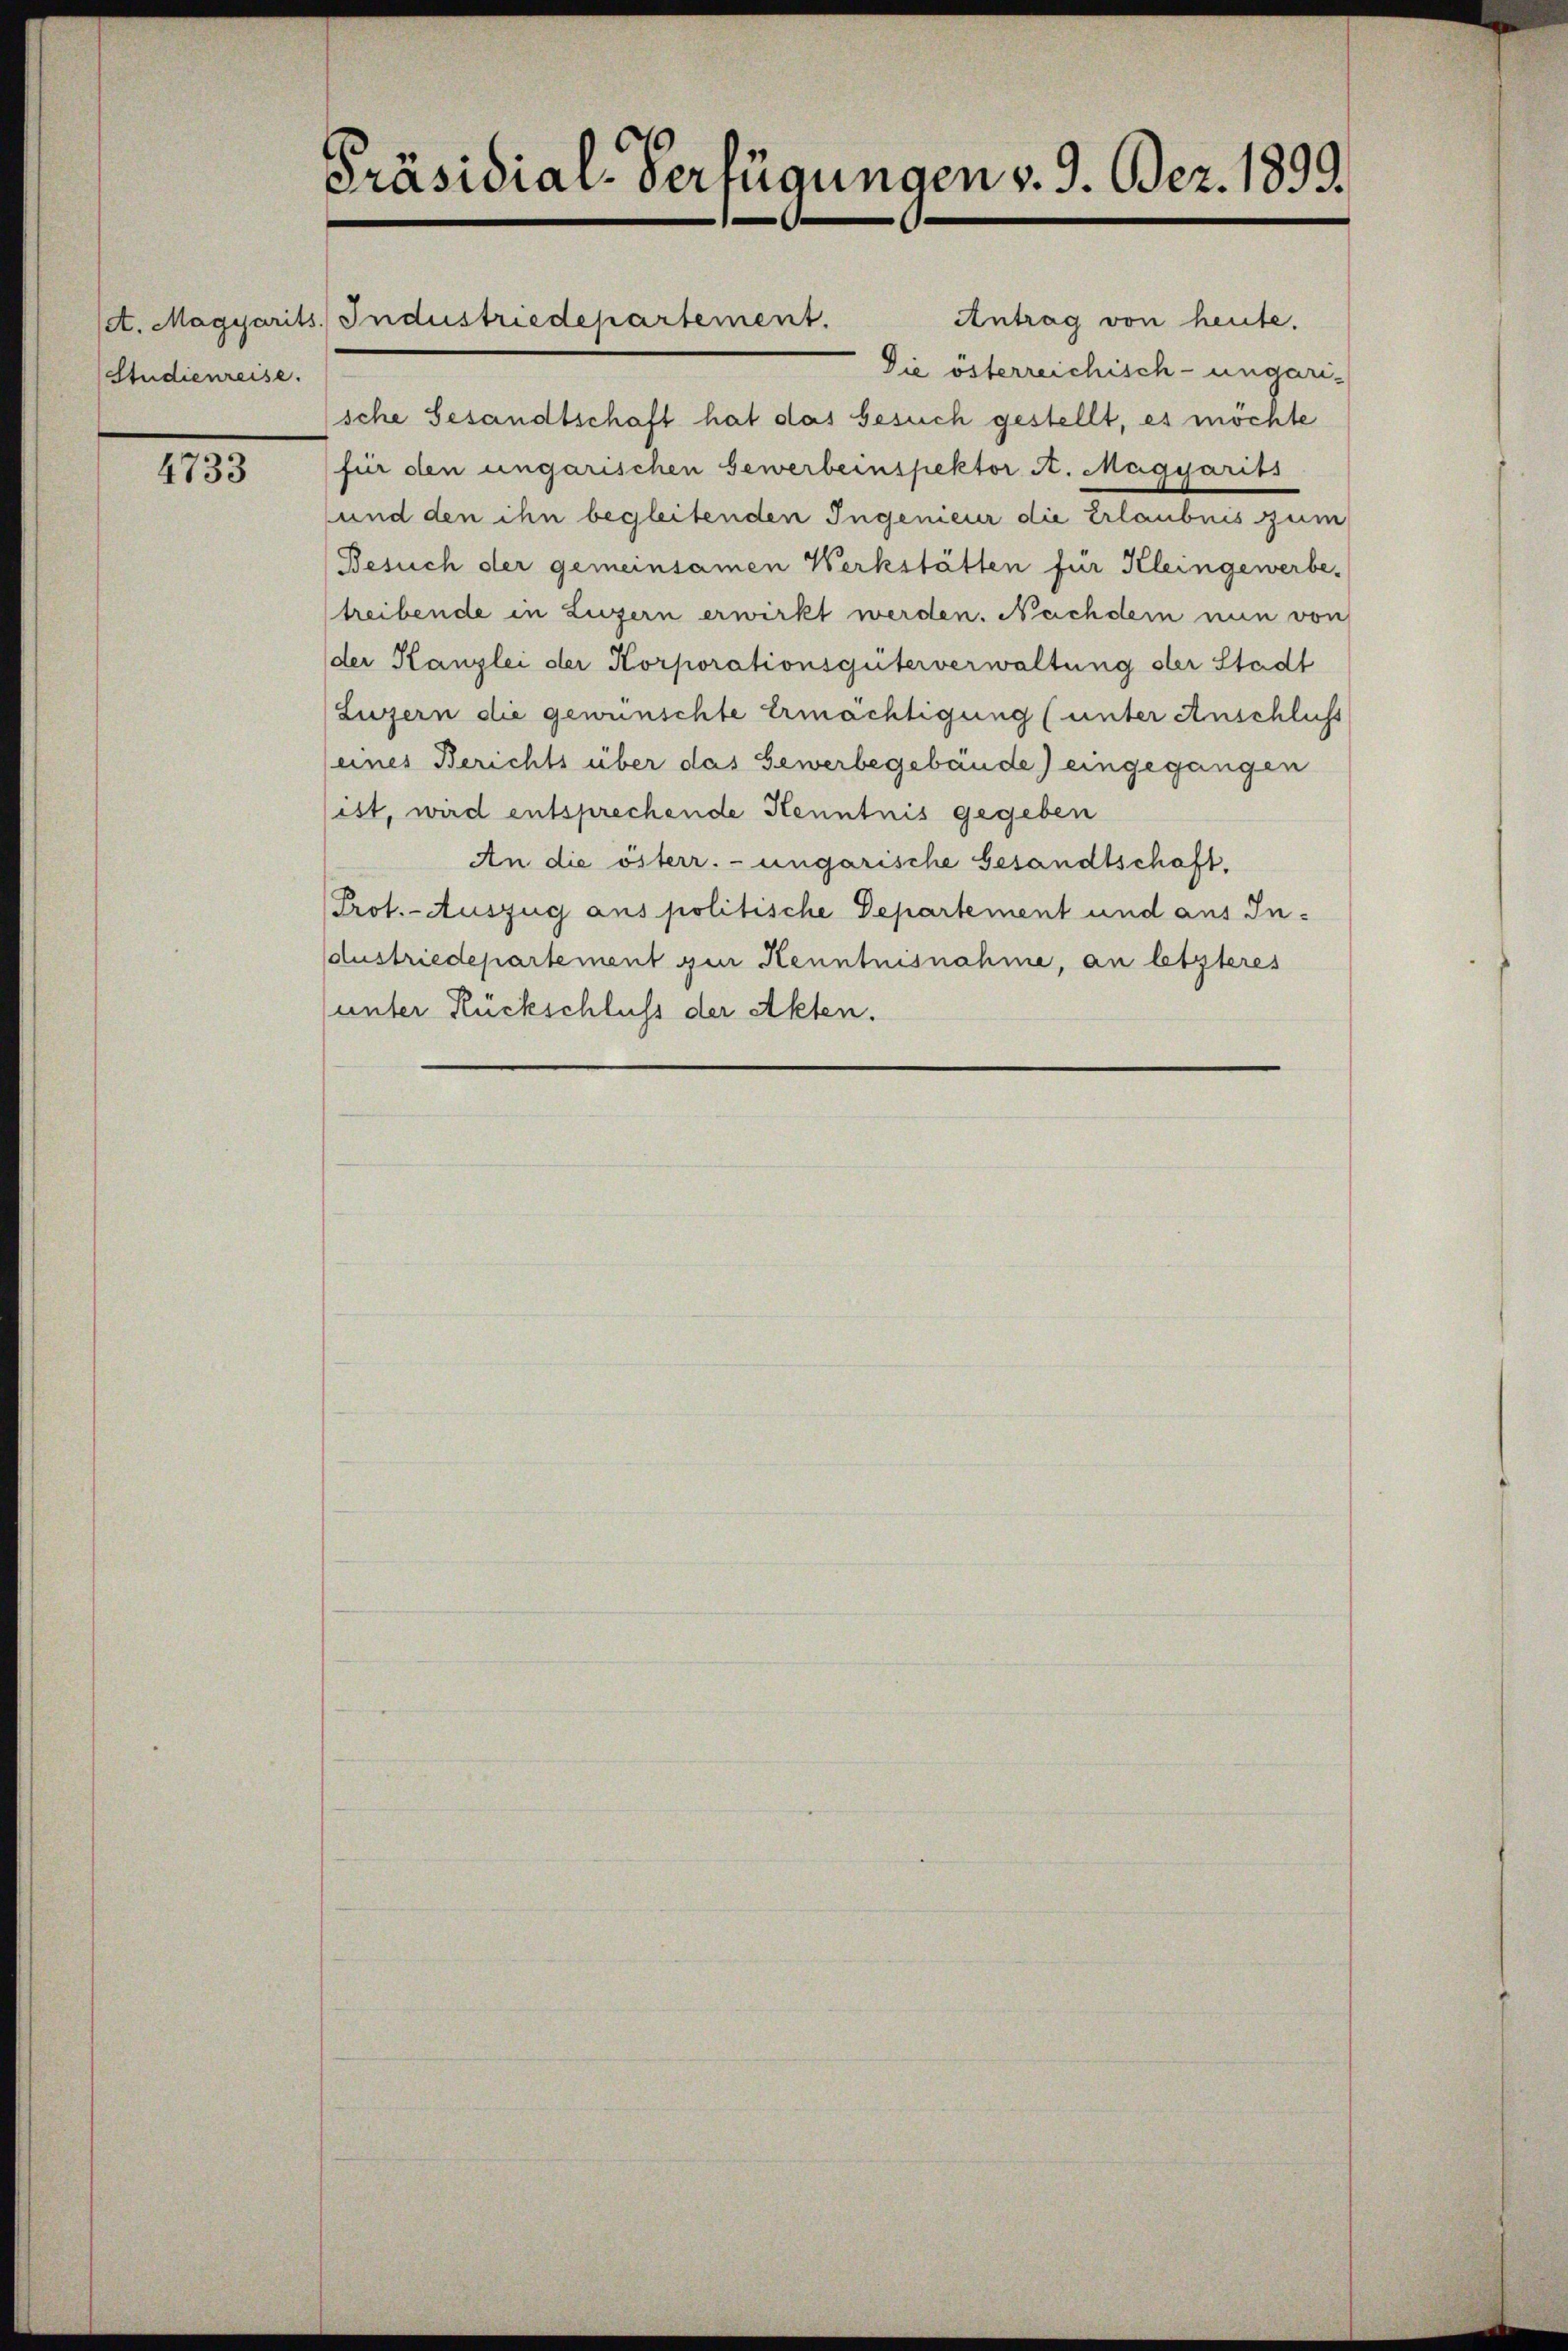
Studienreise.

4733

Präsidial-Verfügungen v. 9. Bez. 1899.

set. Magyarits. Industriedepartement.

Antrag von heute.
Die österreichisch-ungarische Gesandtschaft hat das Gesuch gestellt, es möchte
für den ungarischen Gewerbeinspektor A. Magyarits
und den ihn begleitenden Ingenieur die Erlaubnis zum
Besuch der gemeinsamen Werkstätten für Kleingewerbe-
treibende in Luzern erwirkt werden. Nachdem nun von
der Kanzlei der Korporationsgüterverwaltung der Stadt
Luzern die gewünschte Ermächtigung (unter Anschlich
(eines Berichts über das Gewerbegebäude) eingegangen
ist, wird entsprechende Kenntnis gegeben
An die österr.-ungarische Gesandtschaft.
Prot. - Auszug aus politische Departement und aus Industriedepartement gen Kenntnisnahme, an letzteres
unter Rückschluss der Akten.